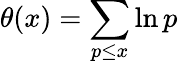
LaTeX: \theta(x)=\sum_{p\leq x}\ln p